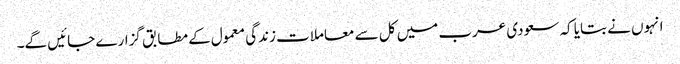
انہوں نے بتایا کہ سعودی عرب میں کل سے معاملات زندگی معمول کے مطابق گزارے جائیں گے۔